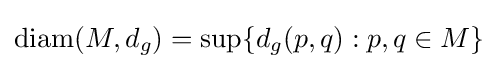
\operatorname {diam} (M,d_{g})=\sup\{d_{g}(p,q):p,q\in M\}